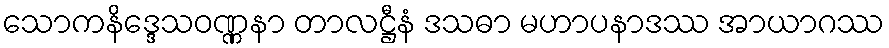
သောကနိဒ္ဒေသဝဏ္ဏနာ တာလဋ္ဌီနံ ဒသဓာ မဟာပနာဒဿ အာယာဂဿ